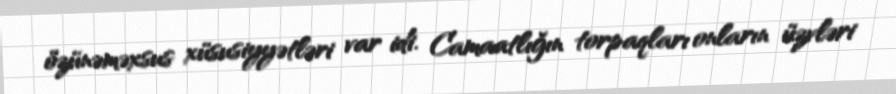
özünəməxsus xüsusiyyətləri var idi. Camaatlığın torpaqları onların üzvləri